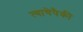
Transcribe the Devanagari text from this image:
त्याचेपैकी